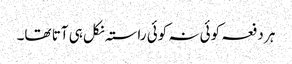
ہر دفعہ کوئی نہ کوئی راستہ نکل ہی آتا تھا۔